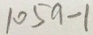
1 0 5 9 - 1